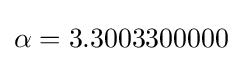
\alpha =3.3003300000